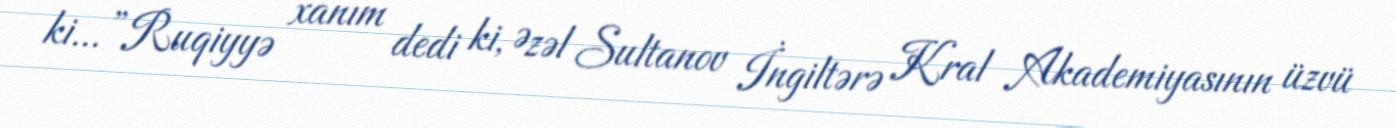
ki...”Ruqiyyə xanım dedi ki, Əzəl Sultanov İngiltərə Kral Akademiyasının üzvü